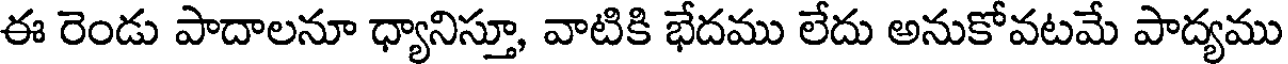
ఈ రెండు పాదాలనూ ధ్యానిస్తూ, వాటికి భేదము లేదు అనుకోవటమే పాద్యము